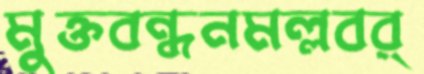
মুক্তবন্ধনমল্লবর্